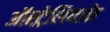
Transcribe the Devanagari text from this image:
ऑस्ट्रेलियाके